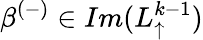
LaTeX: \beta^{(-)}\in Im(L_{\uparrow}^{k-1})